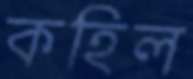
কহিল